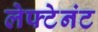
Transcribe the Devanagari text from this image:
लेफ्टेनंट